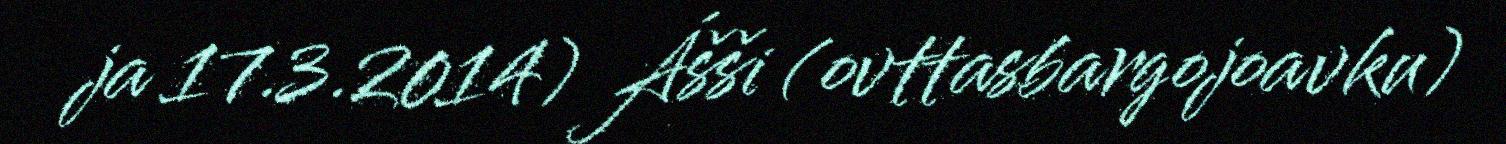
ja 17.3.2014) Ášši (ovttasbargojoavku)